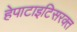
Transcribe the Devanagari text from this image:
हेपाटाइटिसरक्त